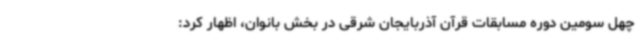
چهل سومین دوره مسابقات قرآن آذربایجان شرقی در بخش بانوان، اظهار کرد: